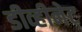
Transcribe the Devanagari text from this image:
डीव्हीनेट